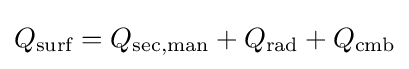
Q_{\text{surf}}=Q_{\text{sec,man}}+Q_{\text{rad}}+Q_{\text{cmb}}